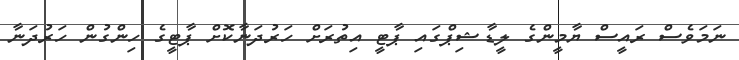
ނަމަވެސް ރައީސް ޔާމީންގެ ލީޑާޝިޕްގައި ޕާޓީ އިތުރަށް ހަރުދަނާކޮށް ޕާޓީގެ ހިންގުން ހަރުދަނާ